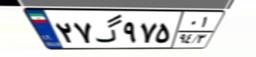
۲۷گ۹۷۵۰۱